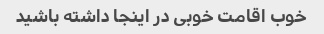
خوب اقامت خوبی در اینجا داشته باشید